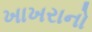
ખાખરાનો